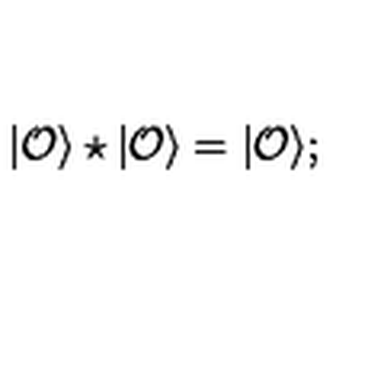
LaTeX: | { \cal O } \rangle \star | { \cal O } \rangle = | { \cal O } \rangle ;